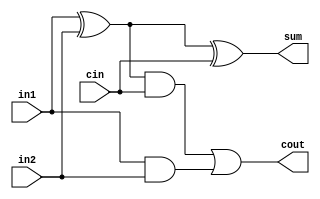
module FA(input in1,input in2,input cin,output sum,output cout);
  wire w0, w1, w2;
  
  xor (w0, in1, in2);
  xor (sum, w0, cin);
  
  and (w1, w0, cin);
  and (w2, in1, in2);
  or (cout, w1, w2);
endmodule